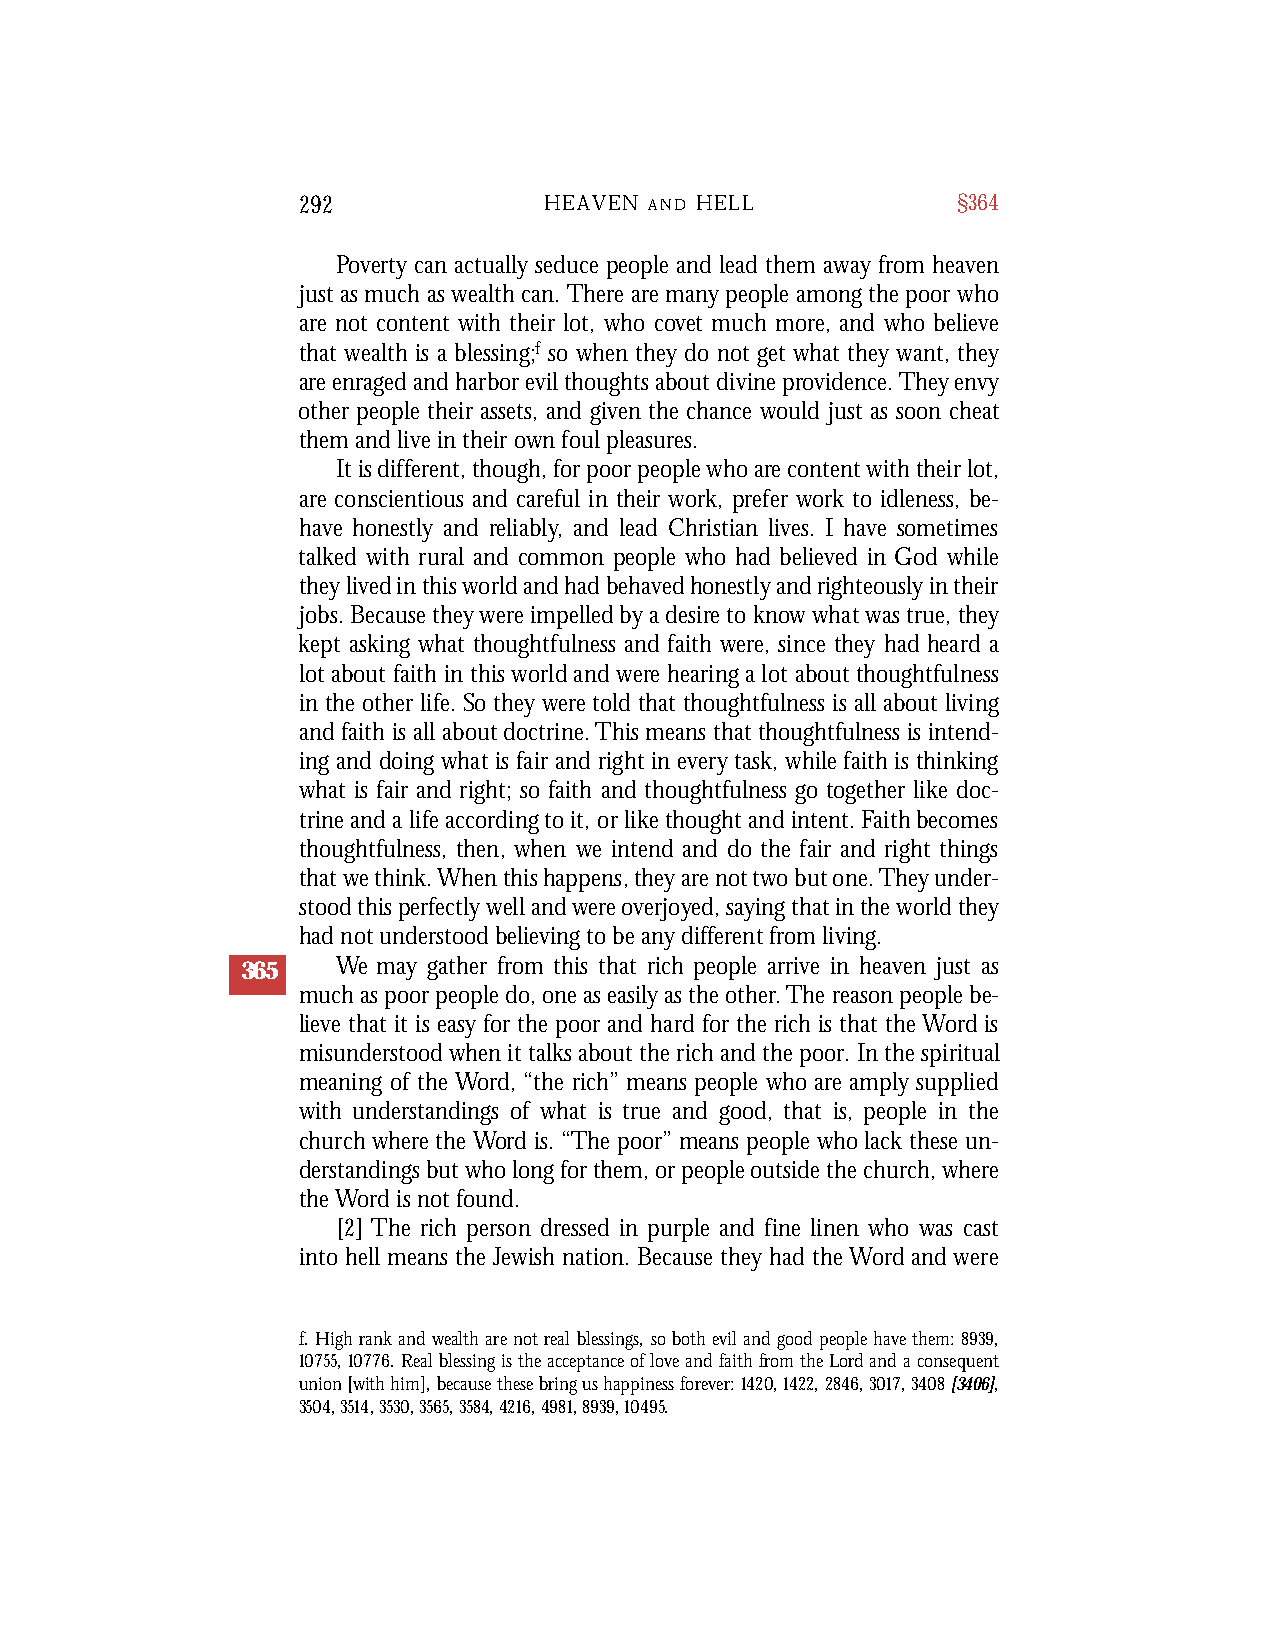
292             HEAVEN A N D H E L L       §364
 Poverty can actually seduce people and lead them away from heaven
 just as much as wealth can. There are many people among the poor who
 are not content with their lot, who covet much more, and who believe
 that wealth is a blessing;f so when they do not get what they want, they
 are enraged and harbor evil thoughts about divine providence. They envy
 other people their assets, and given the chance would just as soon cheat
 them and live in their own foul pleasures.
 Itisdifferent,though,forpoorpeoplewhoarecontentwiththeirlot,
 are conscientious and careful in their work, prefer work to idleness, be-
 have honestly and reliably, and lead Christian lives. I have sometimes
 talked with rural and common people who had believed in God while
 theylivedinthisworldandhadbehavedhonestlyandrighteouslyintheir
 jobs.Becausetheywereimpelledbyadesiretoknowwhatwastrue, they
 kept asking what thoughtfulness and faith were, since they had heard a
 lotabout faith in thisworldand were hearingalot aboutthoughtfulness
 inthe other life. So they were told that thoughtfulness is all about living
 andfaith isall aboutdoctrine.Thismeans thatthoughtfulness is intend-
 ing and doing what is fair and right in every task, whilefaith is thinking
 what is fair and right; so faith and thoughtfulness go together like doc-
 trineanda lifeaccordingtoit, orlikethoughtandintent.Faithbecomes
 thoughtfulness, then, when we intend and do the fair and right things
 thatwethink.Whenthishappens,theyarenottwobutone.Theyunder-
 stoodthisperfectlywellandwereoverjoyed,sayingthatintheworldthey
 hadnotunderstoodbelievingtobeanydifferentfromliving.
 365   We may gather from this that rich people arrive in heaven just as
 much as poor people do, one as easily as the other.The reason people be-
 lieve that it is easy for the poor and hard for the rich is that the Word is
 misunderstood when it talks about the rich and the poor. In the spiritual
 meaning of the Word, “the rich” means people who are amply supplied
 with understandings of what is true and good, that is, people in the
 church where the Word is. “The poor” means people who lack these un-
 derstandings but who long for them, or people outside the church, where
 the Word is not found.
 [2] The rich person dressed in purple and fine linen who was cast
 into hell means the Jewish nation. Because they had the Word and were
 f. High rank and wealth are not real blessings, so both evil and good people have them: 8939,
 10755,10776. Real blessing is the acceptance of love and faith from the Lord and a consequent
 union [with him], because these bring us happiness forever: 1420,1422,2846,3017,3408[3406],
 3504, 3514, 3530, 3565, 3584, 4216, 4981, 8939, 10495.